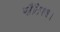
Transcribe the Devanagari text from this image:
प्लैटिपस।